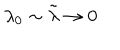
\lambda _ { 0 } \sim \tilde { \lambda } \to 0